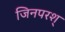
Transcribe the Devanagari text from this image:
जिनपरश्